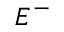
E ^ { - }